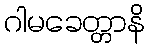
ဂါမခေတ္တာနိ